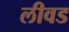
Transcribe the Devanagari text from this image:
लीवड